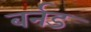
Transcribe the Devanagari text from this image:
बर्नड